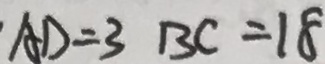
A D = 3 B C = 1 8